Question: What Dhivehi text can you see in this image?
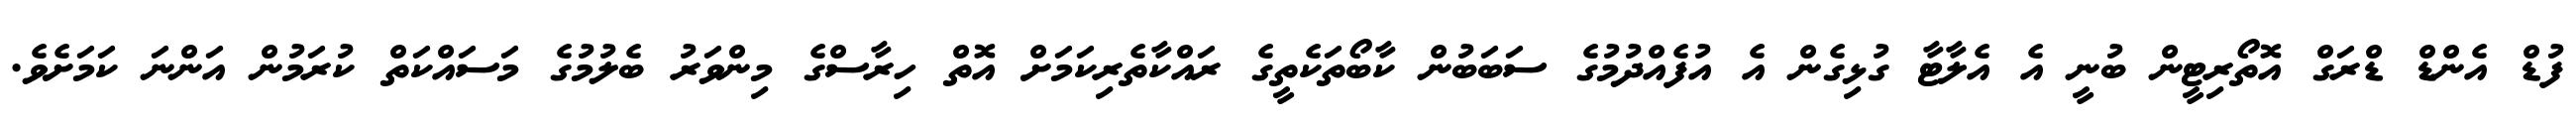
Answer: ފުޑް އެންޑް ޑްރަގް އޮތޯރިޓީން ބުނީ އެ އެލާޓާ ގުޅިގެން އެ އުފެއްދުމުގެ ސަބަބުން ކާބޯތަކެތީގެ ރައްކާތެރިކަމަށް އޮތް ހިރާސްގެ މިންވަރު ބެލުމުގެ މަސައްކަތް ކުރަމުން އަންނަ ކަމަށެވެ.